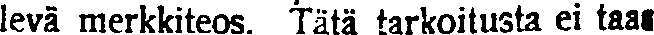
levä merkkiteos. Tätä tarkoitusta ei taas